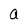
Character: a